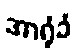
အာရုံခံ